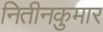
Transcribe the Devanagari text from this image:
नितीनकुमार